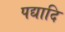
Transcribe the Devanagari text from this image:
पद्यादि